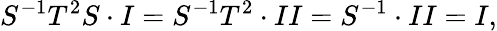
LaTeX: S^{-1}T^{2}S\cdot I=S^{-1}T^{2}\cdot II=S^{-1}\cdot II=I,